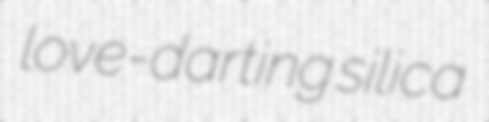
love-darting silica